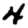
Digit: 4